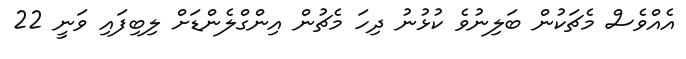
އެއްވެސް މެޗަކުން ބަލިނުވެ ކުޅުނު ދިހަ މެޗުން އިންގްލެންޑަށް ލިބިފައި ވަނީ 22